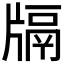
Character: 𤗦